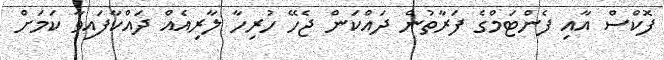
ފޮކްސް އާއި ފެންޓަމްގެ ފަރާތުން ދައްކަން ޖެހޭ ހުރިހާ ލާރިއެއް ދައްކާފައިވާ ކަމަށް